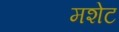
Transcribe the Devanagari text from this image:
मशेट